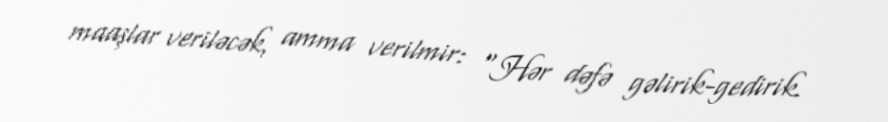
maaşlar veriləcək, amma verilmir: "Hər dəfə gəlirik-gedirik.